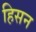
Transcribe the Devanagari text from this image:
हिसन